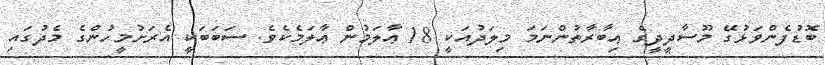
ބޮޑުފެންވަޅުގޭ މޫސާދީދީގެ ޢިބާރާތުންނަމަ މިލަދުއަކީ 18 ޢާލަމުން ޢާލަމެކެވެ. ސަބަބަކީ އެރަށުމީހުންގެ މެދުގައި